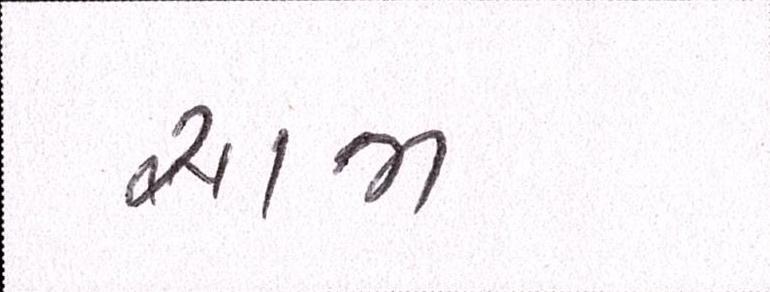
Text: સાજા